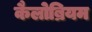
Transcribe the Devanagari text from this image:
कैलोब्रियम